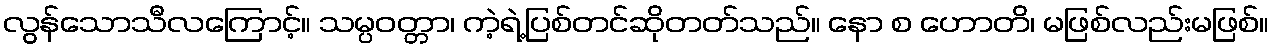
လွန်သောသီလကြောင့်။ သမ္ပဝတ္တာ၊ ကဲ့ရဲ့ပြစ်တင်ဆိုတတ်သည်။ နော စ ဟောတိ၊ မဖြစ်လည်းမဖြစ်။